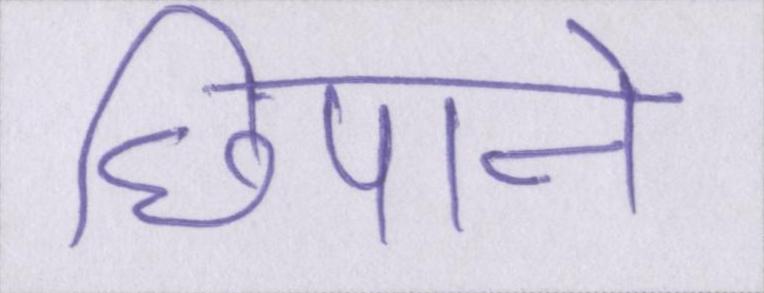
छिपाने